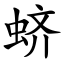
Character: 蛴